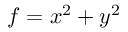
f = x ^ { 2 } + y ^ { 2 }